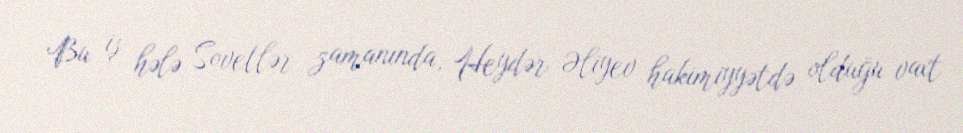
Bu iş hələ Sovetlər zamanında, Heydər Əliyev hakimiyyətdə olduğu vaxt